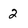
Character: 2